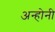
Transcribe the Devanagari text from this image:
अन्होनी